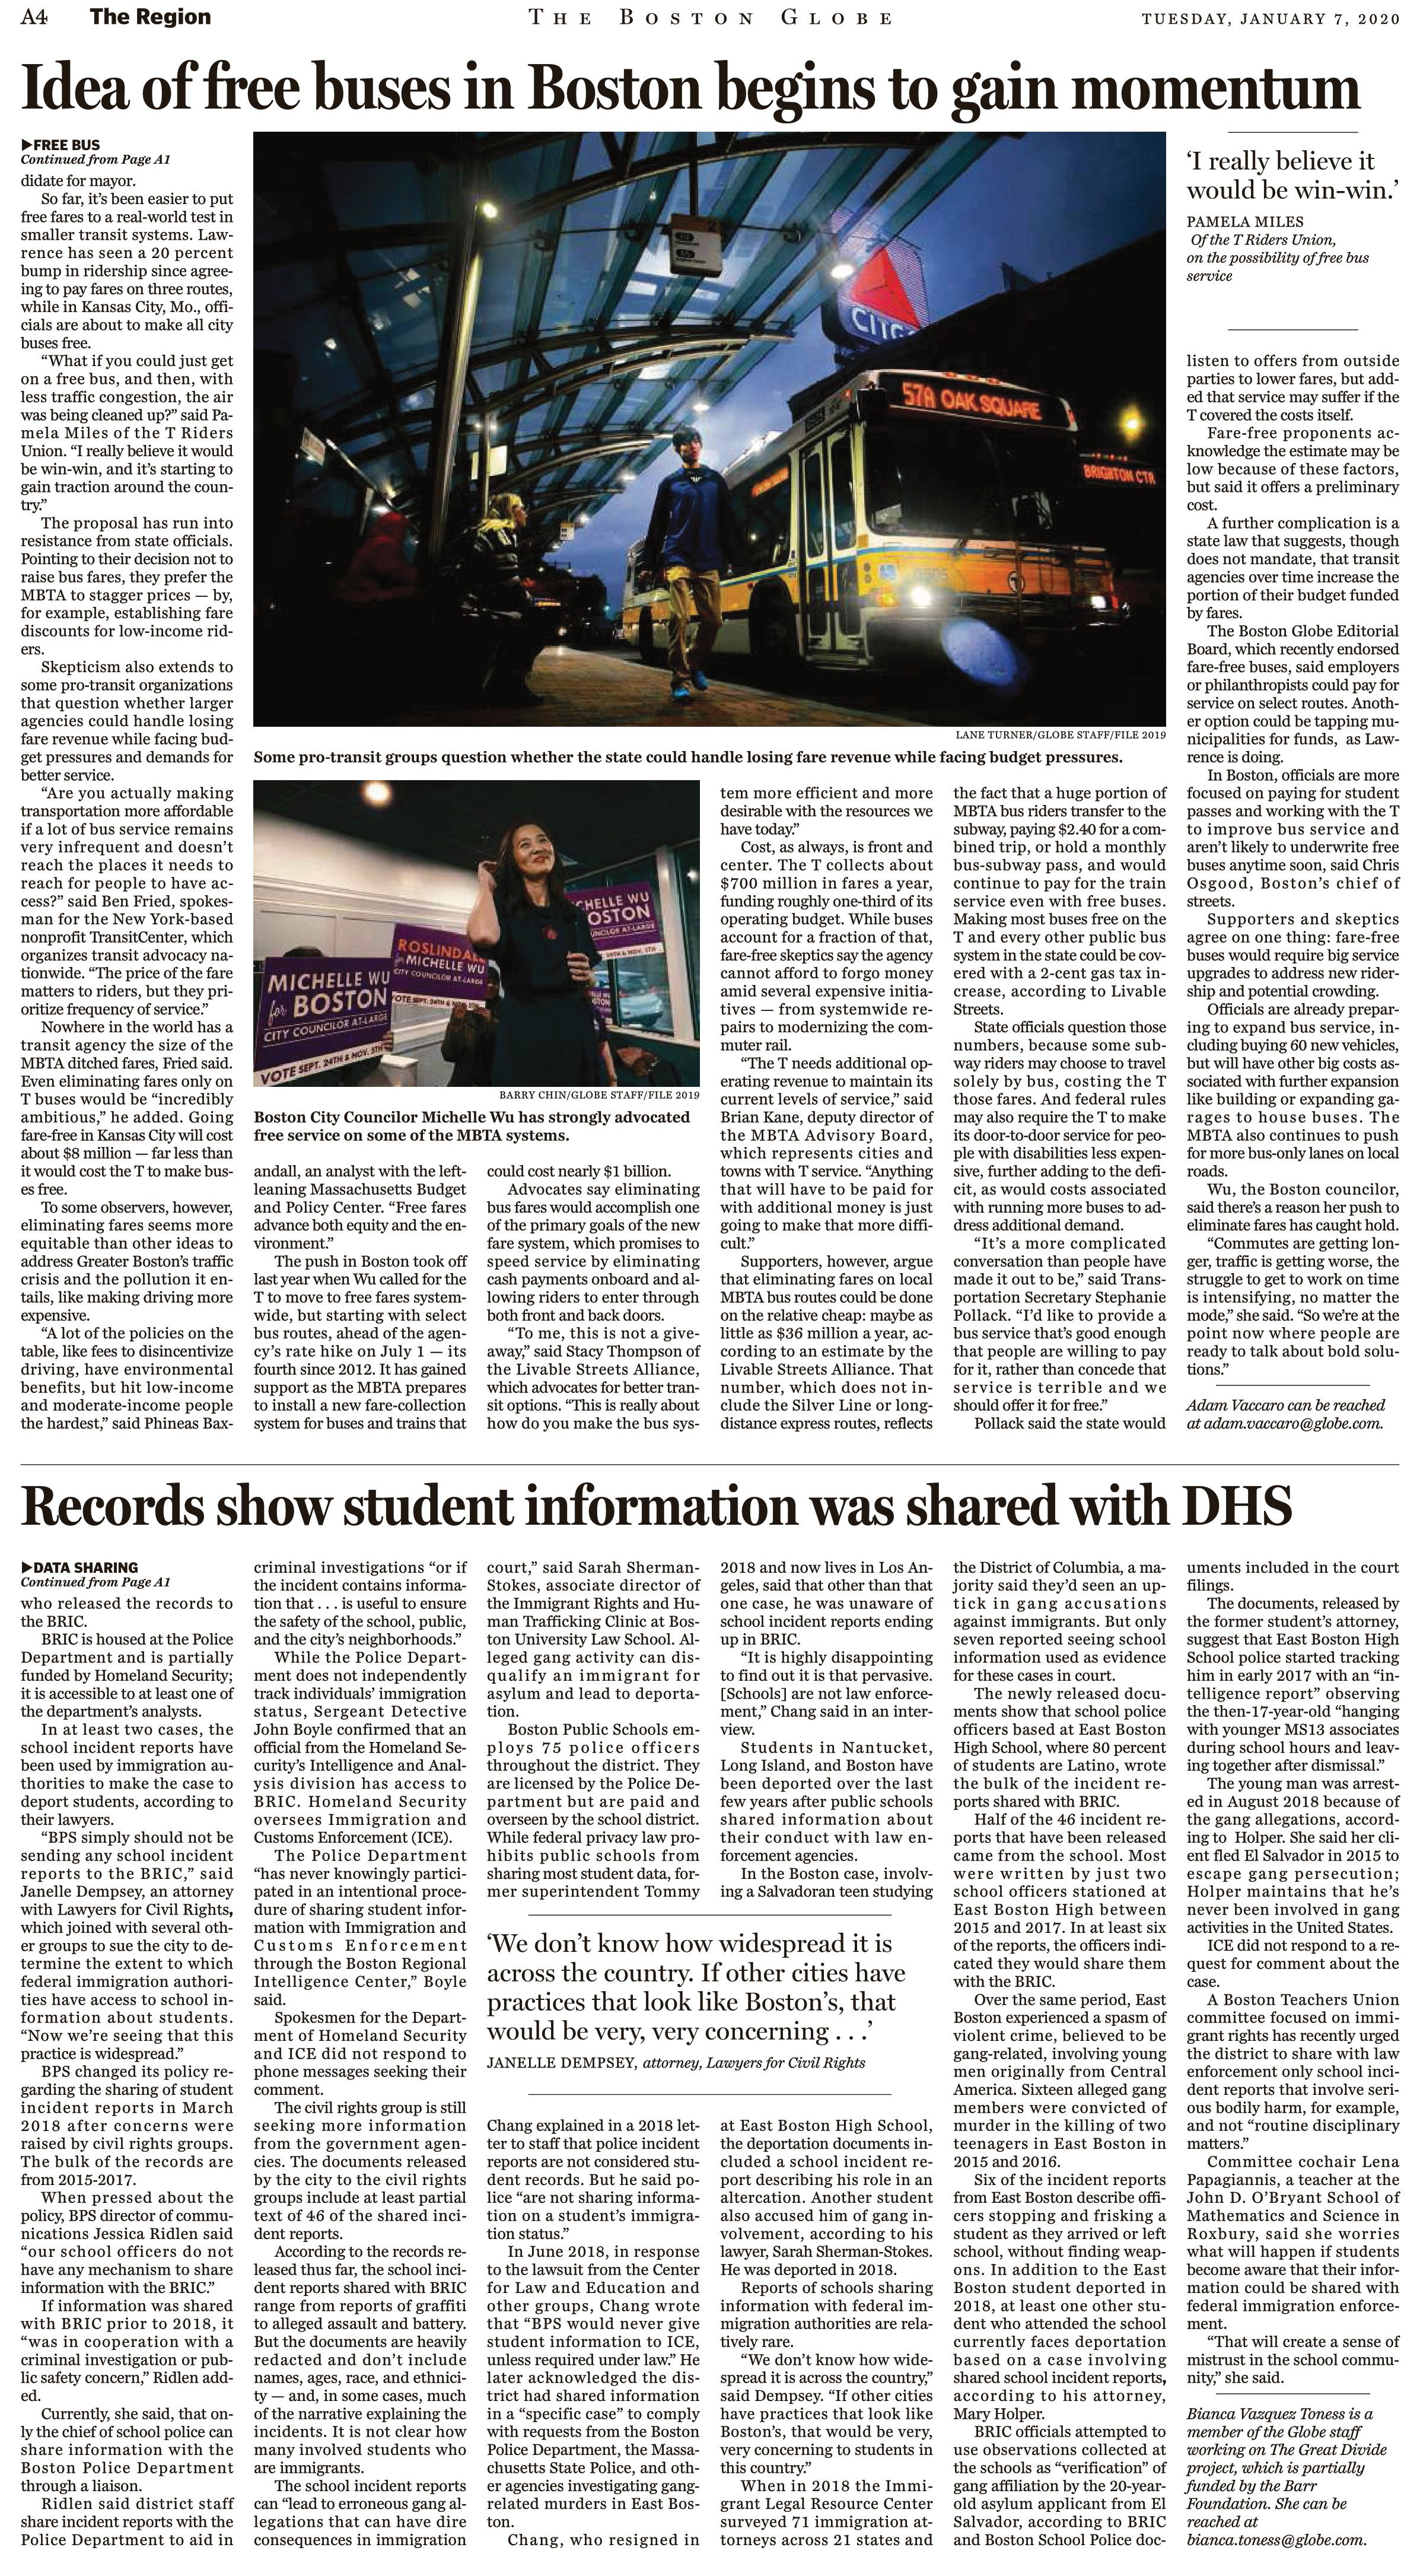
Language: en